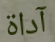
آداة